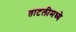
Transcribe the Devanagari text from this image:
ताटलीमध्ये